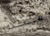
منذ